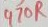
Text: 470R